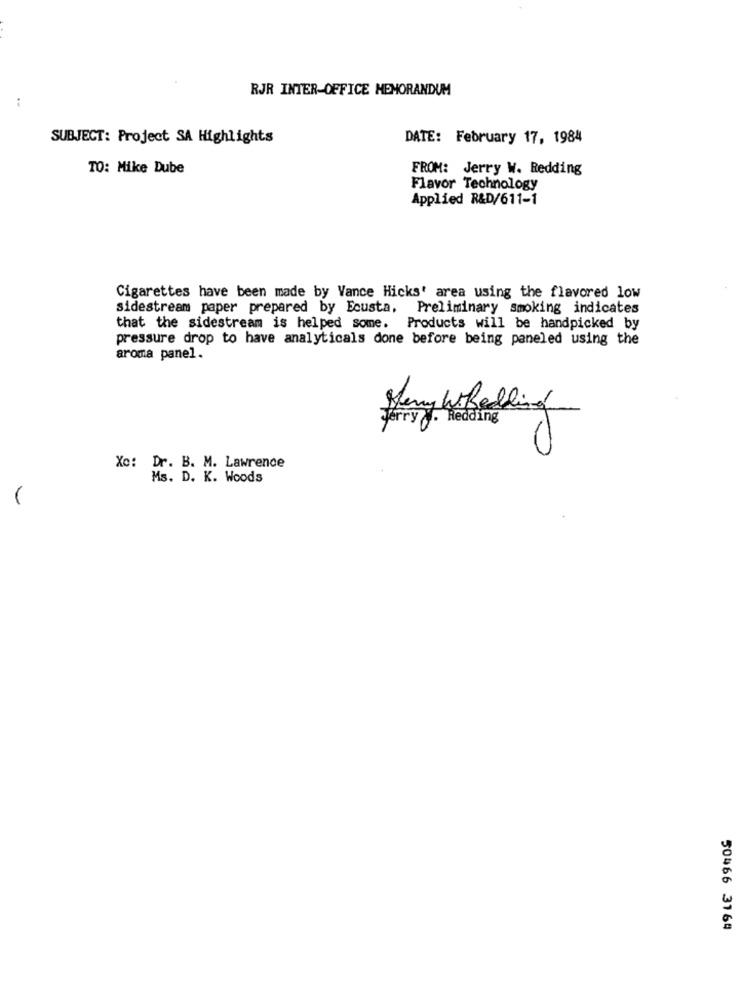
RJR INTER-OFFICE MEMORANDUM
:
SUBJECT: Project SA Highlights
DATE: February 17, 1984
TO: Mike Dube
FROM: Jerry W. Redding
Flavor Technology
Applied R&D/611-1
Cigarettes have been made by Vance Hicks' area using the flavored low
sidestream paper prepared by Ecusta, Preliminary smoking indicates
that the sidestream is helped some. Products will be handpicked by
pressure drop to have analyticals done before being paneled using the
aroma panel.
Heny Wheeling
Jerry . Redding
Xo: Dr. B. M. Lawrence
Ms. D. K. Woods
-
50466 3164